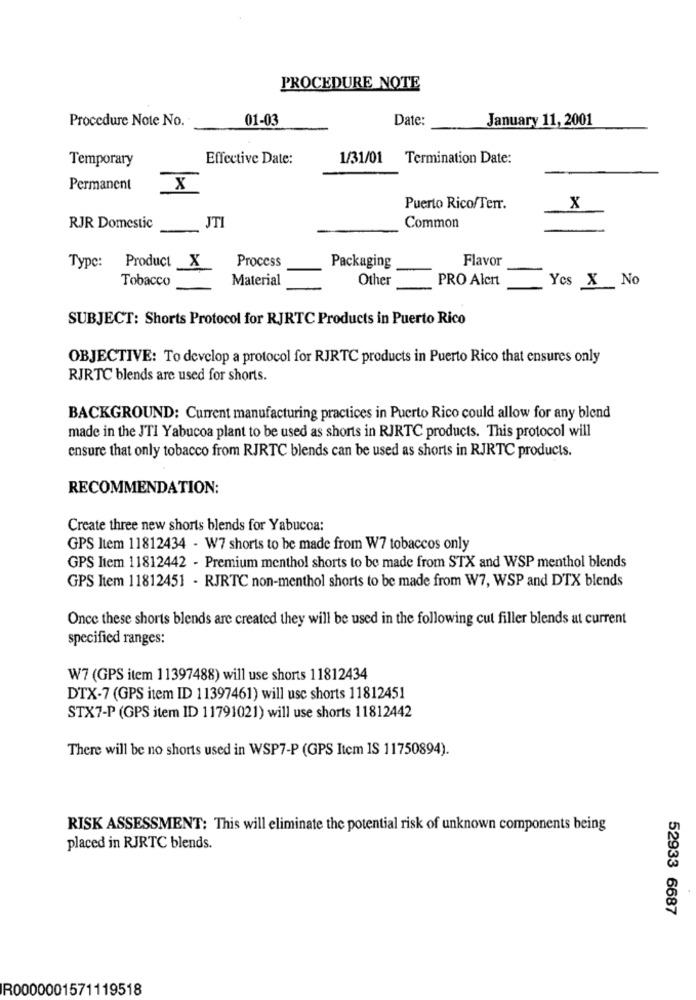
PROCEDURE NOTE
Procedure Note No.
01-03
Date:
January 11, 2001
Temporary
Effective Date:
1/31/01
Termination Date:
Permanent
X
Puerto Rico/Terr.
x
JTI
Common
RJR Domestic
Process
Flavor
Type: Product X
Packaging
Tobacco
Material
Other
PRO Alert
Ycs X No
SUBJECT: Shorts Protocol for RJRTC Products in Puerto Rico
OBJECTIVE: To develop a protocol for RJRTC products in Puerto Rico that ensures only
RJRTC blends are used for shorts.
BACKGROUND: Current manufacturing practices in Puerto Rico could allow for any blend
made in the JTI Yabucoa plant to be used as shorts in RJRTC products. This protocol will
ensure that only tobacco from RJRTC blends can be used as shorts in RJRTC products.
RECOMMENDATION:
Create three new shorts blends for Yabucoa:
GPS Item 11812434 - W7 shorts to be made from W7 tobaccos only
GPS Item 11812442 - Premium menthol shorts to be made from STX and WSP menthol blends
GPS Item 11812451 - RJRTC non-menthol shorts to be made from W7, WSP and DTX blends
Once these shorts blends are created they will be used in the following cut filler blends at current
specified ranges:
W7 (GPS item 11397488) will use shorts 11812434
DTX-7 (GPS item ID 11397461) will use shorts 11812451
STX7-P (GPS item ID 11791021) will use shorts 11812442
There will be no shorts used in WSP7-P (GPS Item IS 11750894).
RISK ASSESSMENT: This will eliminate the potential risk of unknown components being
placed in RJRTC blends.
52933 6687
R0000001571119518